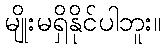
မျိုးမရှိနိုင်ပါဘူး။